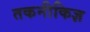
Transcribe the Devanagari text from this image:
तकनीकिज्ञ